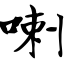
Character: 喇